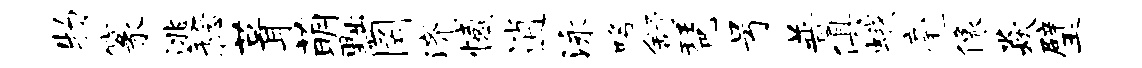
物篆逃稔葺萌黜罔济憾逍泳咯舒琶号普俱蛾毫像焱璧